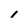
Character: 1